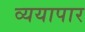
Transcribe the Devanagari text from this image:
व्ययापार